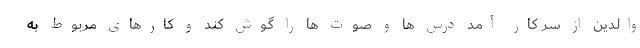
والدین از سر کار آمد درس ها و صوت ها را گوش کند و کارهای مربوط به